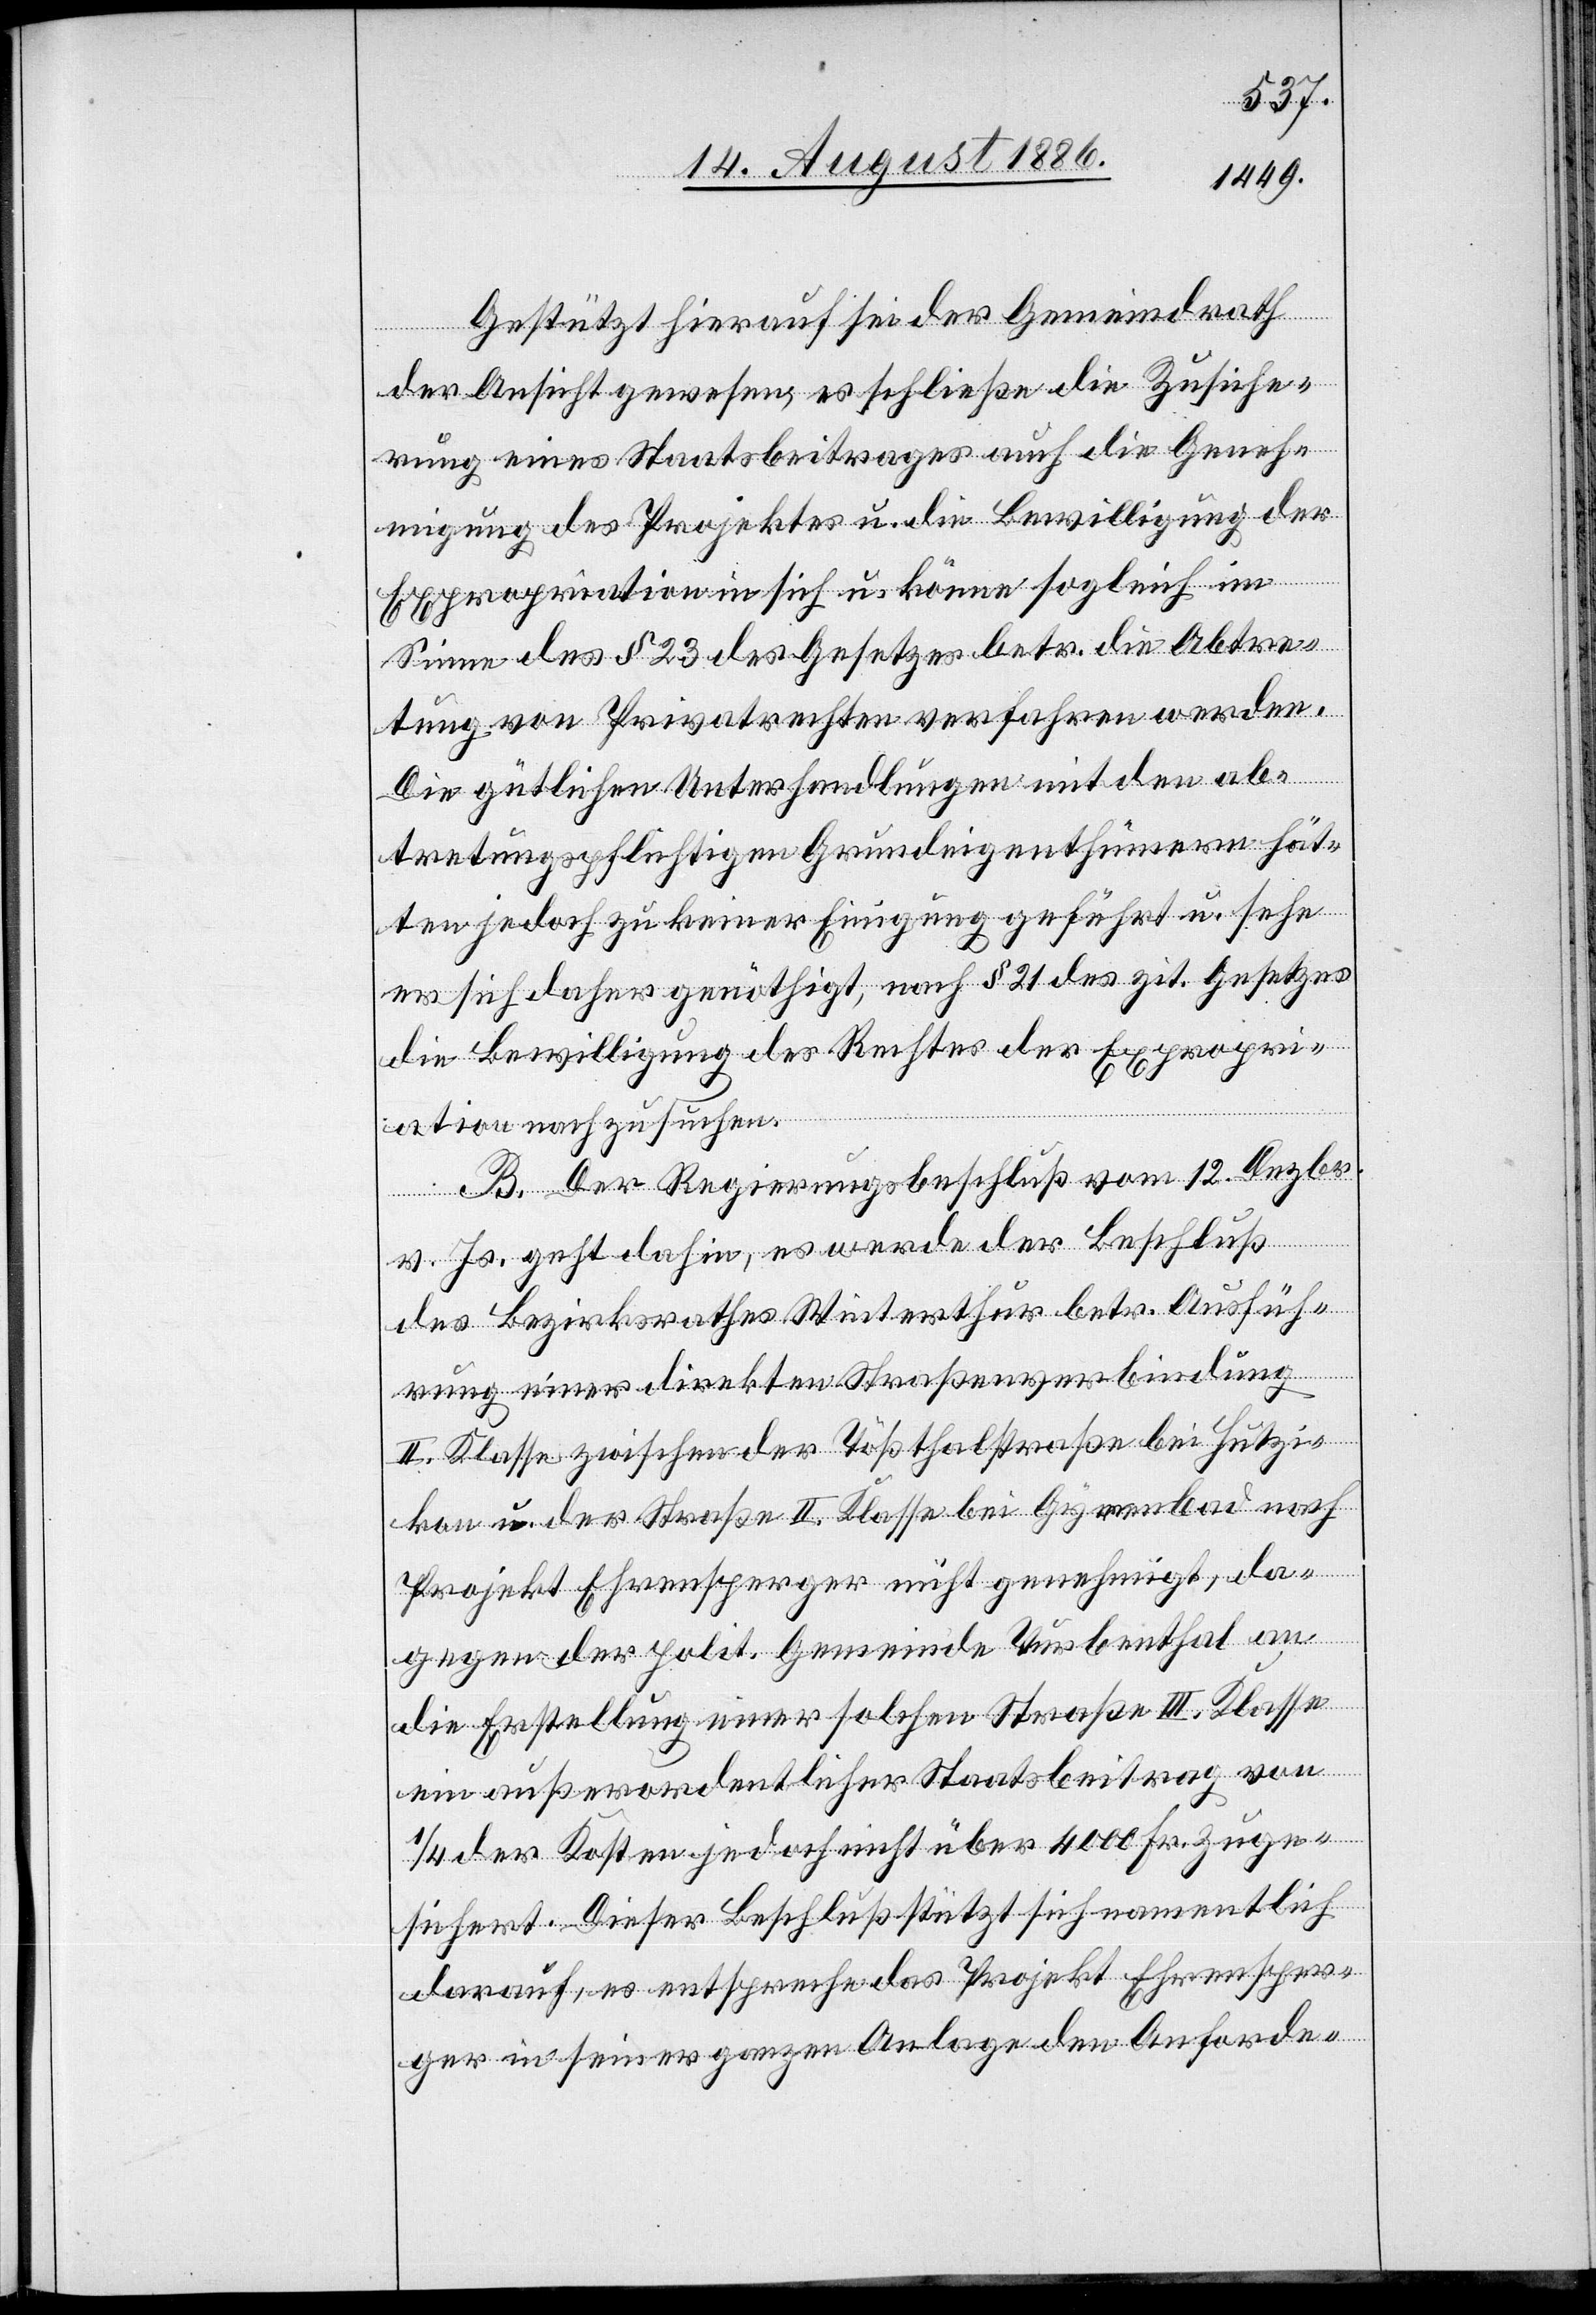
Gestützt hierauf sei der Gemeindrath
der Ansicht gewesen, es schließe die Zusiche¬
rung eines Staatsbeitrages auch die Geneh¬
migung des Projektes u. die Bewilligung der
Expropriation in sich u. könne sogleich im
Sinne des § 23 des Gesetzes betr. die Abtre¬
tung von Privatrechten verfahren werden.
Die gütlichen Unterhandlungen mit den ab¬
tretungspflichtigen Grundeigenthümern hät¬
ten jedoch zu keiner Einigung geführt u. sehe
er sich daher genöthigt, nach 21 des zit. Gesetzes
die Bewilligung des Rechtes der Expropri¬
ation nachzusuchen.
B. Der Regierungsbeschluß vom 12. Dezbr.
v. Js. geht dahin, es werde der Beschluß
des Bezirksrathes Winterthur betr. Ausfüh¬
rung einer direkten Straßenverbindung
II. Klasse zwischen der Tößthalstraße bei Hutzi¬
kon u. der Straße II. Klasse bei Gyrenbad nach
Projekt Ehrensperger nicht genehmigt, da¬
gegen der polit. Gemeinde Turbenthal an
die Erstellung einer solchen Straße III. Klasse
ein außerordentlicher Staatsbeitrag von
1/4 der Kosten jedoch nicht über 4000 Fr. zuge¬
sichert. Dieser Beschluß stützt sich namentlich
darauf, es entspreche das Projekt Ehrensper¬
ger in seiner ganzen Anlage den Anforde-